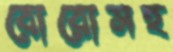
বোরোসহ